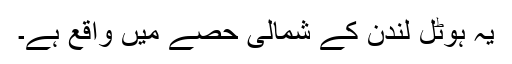
یہ ہوٹل لندن کے شمالی حصے میں واقع ہے۔